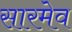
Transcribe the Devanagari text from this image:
सारमेव